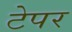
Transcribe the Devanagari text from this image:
टेपर